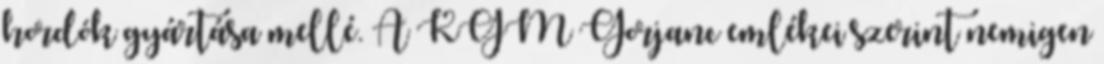
hordók gyártása mellé. A KGM Gorjanc emlékei szerint nemigen